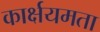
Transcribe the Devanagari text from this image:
कार्क्षयमता